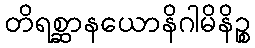
တိရစ္ဆာနယောနိဂါမိနိဉ္စ